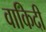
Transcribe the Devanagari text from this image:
वाकिदी